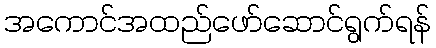
အကောင်အထည်ဖော်ဆောင်ရွက်ရန်